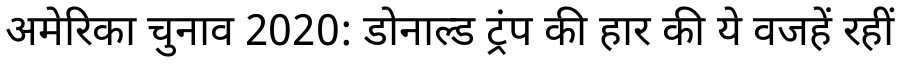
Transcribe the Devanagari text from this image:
अमेरिका चुनाव 2020: डोनाल्ड ट्रंप की हार की ये वजहें रहीं